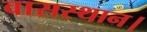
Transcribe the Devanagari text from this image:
वासस्थान।